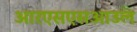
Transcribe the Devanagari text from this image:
आरएसएसआउल